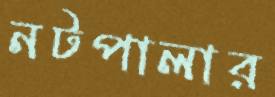
নটপালার